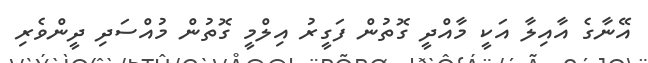
އޭނާގެ އާއިލާ އަކީ މާއްދީ ގޮތުން ފަގީރު އިލްމީ ގޮތުން މުއްސަދި ދީންވެރި